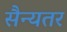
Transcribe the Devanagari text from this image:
सैन्यतर